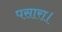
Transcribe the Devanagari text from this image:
पसारा।